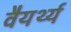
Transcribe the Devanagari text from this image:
वैयर्थ्य